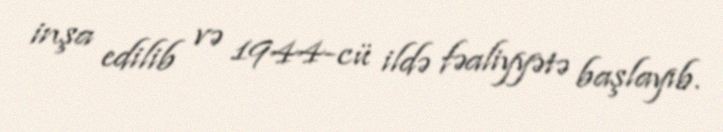
inşa edilib və 1944-cü ildə fəaliyyətə başlayıb.